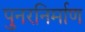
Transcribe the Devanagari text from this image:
पुनरनिर्माण